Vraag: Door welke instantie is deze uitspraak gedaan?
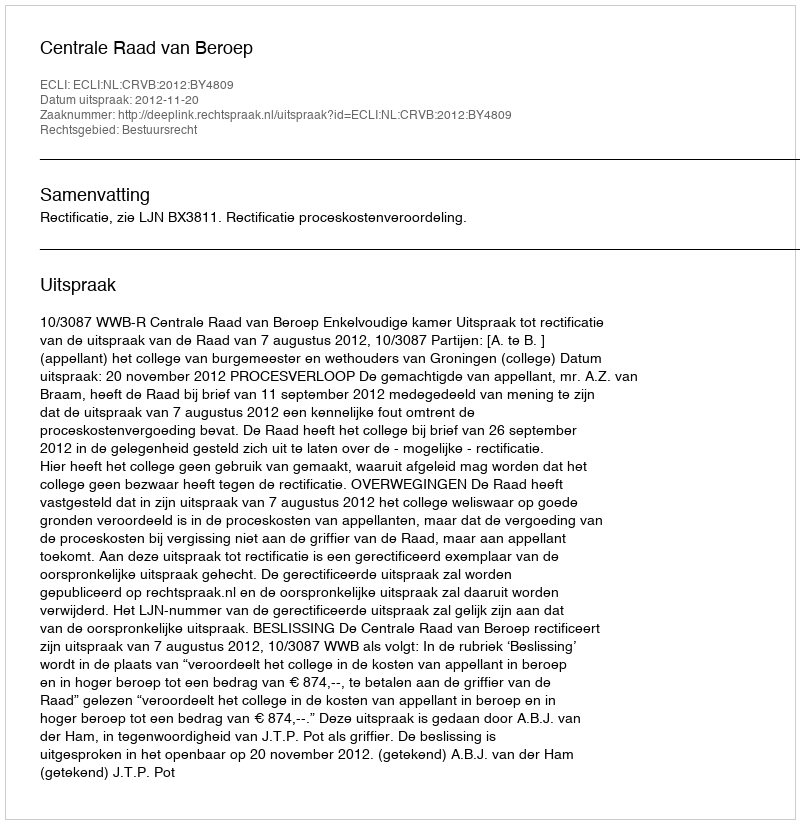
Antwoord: Centrale Raad van Beroep